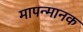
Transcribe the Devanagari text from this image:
मापन्मानक